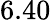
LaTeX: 6.40